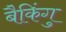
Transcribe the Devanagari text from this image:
बैकिंगु